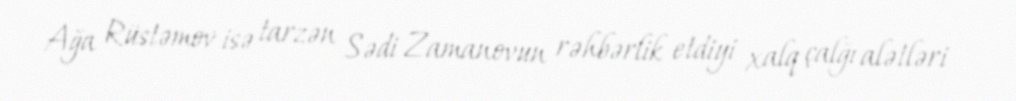
Ağa Rüstəmov isə tarzən Sədi Zamanovun rəhbərlik etdiyi xalq çalğı alətləri